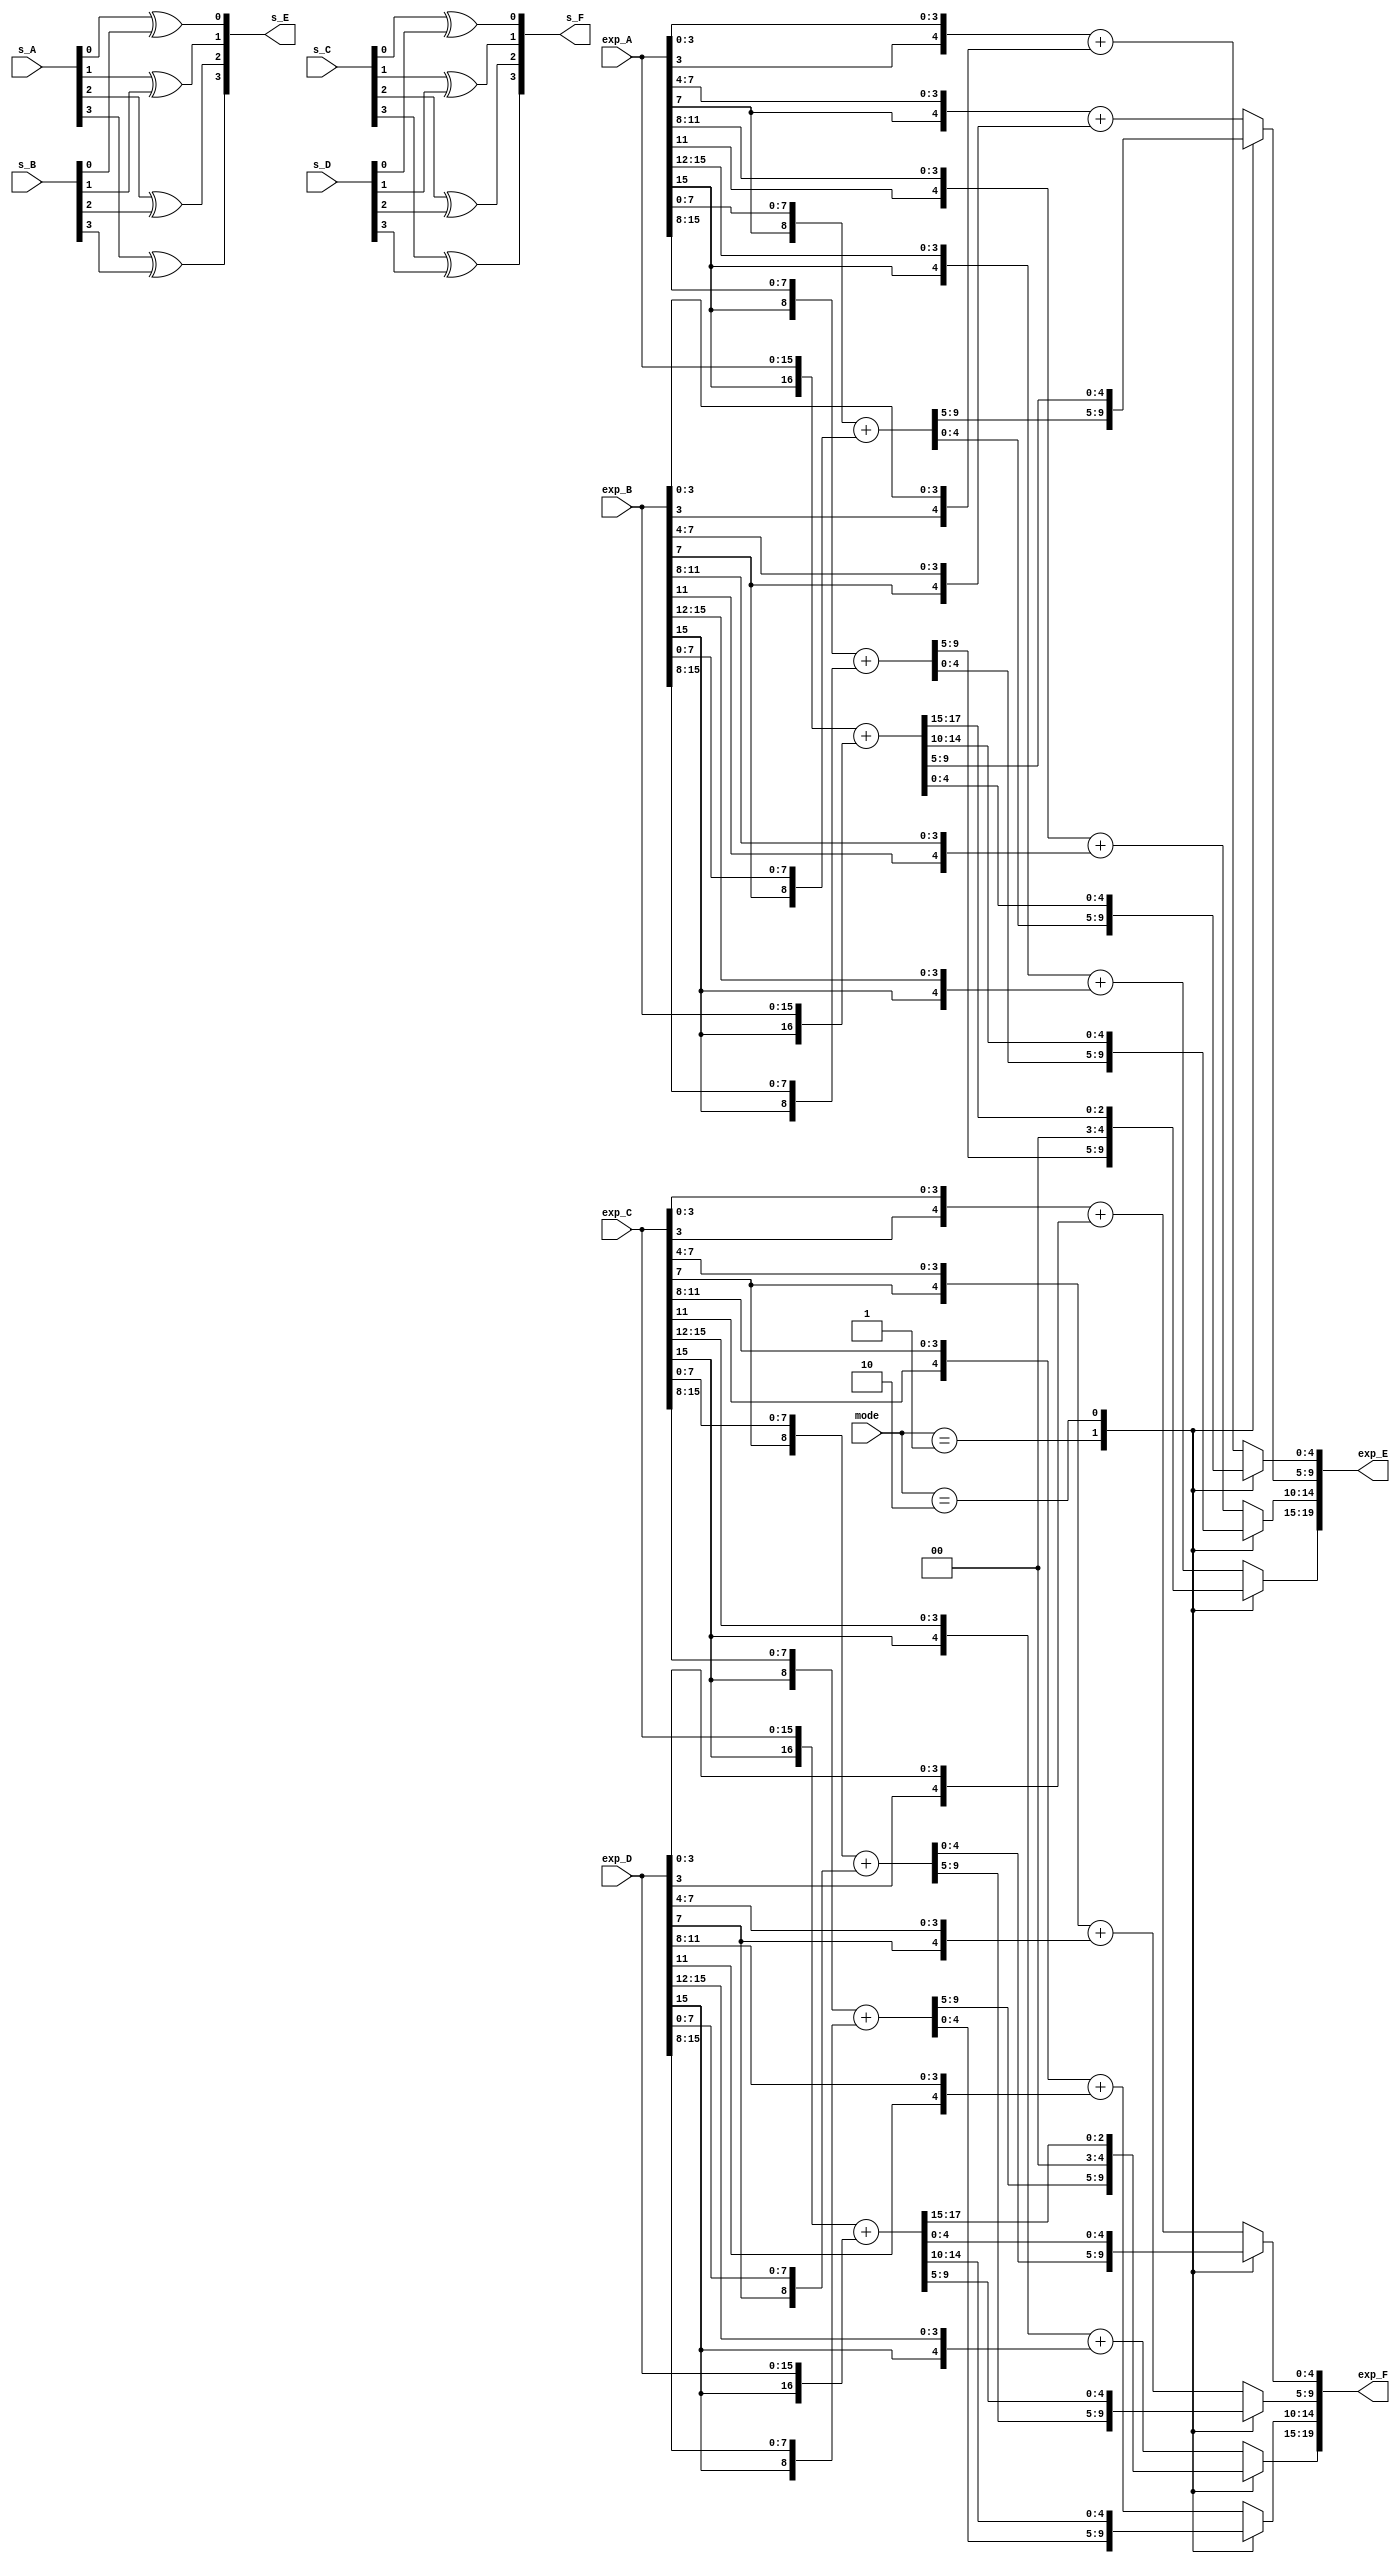
module exp_adder(
    input   wire    [3:0]   s_A,s_B,s_C,s_D,
    input   wire    [15:0]  exp_A,
    input   wire    [15:0]  exp_B,
    input   wire    [15:0]  exp_C,
    input   wire    [15:0]  exp_D,
    input   wire    [1:0]   mode,
    output  wire    [19:0]  exp_E,
    output  wire    [19:0]  exp_F,
    output  wire    [3:0]  s_E,
    output  wire    [3:0]  s_F
);

reg [19:0] reg_exp_E1,reg_exp_F1;
assign s_E[0] = s_A[0] ^ s_B[0];
assign s_E[1] = s_A[1] ^ s_B[1];
assign s_E[2] = s_A[2] ^ s_B[2];
assign s_E[3] = s_A[3] ^ s_B[3];
assign s_F[0] = s_C[0] ^ s_D[0];
assign s_F[1] = s_C[1] ^ s_D[1];
assign s_F[2] = s_C[2] ^ s_D[2];
assign s_F[3] = s_C[3] ^ s_D[3];
always@(*) begin
    case(mode)
        2'b00:begin
            reg_exp_E1[4:0] =   {exp_A[3], exp_A[3:0]  } + {exp_B[3], exp_B[3:0]  };
            reg_exp_E1[9:5] =   {exp_A[7], exp_A[7:4]  } + {exp_B[7], exp_B[7:4]  };
            reg_exp_E1[14:10] = {exp_A[11],exp_A[11:8] } + {exp_B[11],exp_B[11:8] };
            reg_exp_E1[19:15] = {exp_A[15],exp_A[15:12]} + {exp_B[15],exp_B[15:12]};
            reg_exp_F1[4:0] =   {exp_C[3], exp_C[3:0]  } + {exp_D[3], exp_D[3:0]  };
            reg_exp_F1[9:5] =   {exp_C[7], exp_C[7:4]  } + {exp_D[7], exp_D[7:4]  };
            reg_exp_F1[14:10] = {exp_C[11],exp_C[11:8] } + {exp_D[11],exp_D[11:8] };
            reg_exp_F1[19:15] = {exp_C[15],exp_C[15:12]} + {exp_D[15],exp_D[15:12]};
        end
        2'b01:begin
            reg_exp_E1[9:0] =   {exp_A[7] ,exp_A[7:0] } + {exp_B[7] ,exp_B[7:0] };
            reg_exp_E1[19:10] = {exp_A[15],exp_A[15:8]} + {exp_B[15],exp_B[15:8]};
            reg_exp_F1[9:0] =   {exp_C[7] ,exp_C[7:0] } + {exp_D[7] ,exp_D[7:0] };
            reg_exp_F1[19:10] = {exp_C[15],exp_C[15:8]} + {exp_D[15],exp_D[15:8]};
        end
        2'b10:begin
            reg_exp_E1[19:0] = {exp_A[15],exp_A[15:0]} + {exp_B[15],exp_B[15:0]};
            reg_exp_F1[19:0] = {exp_C[15],exp_C[15:0]} + {exp_D[15],exp_D[15:0]};
        end
        default:begin
            reg_exp_E1[4:0] =   {exp_A[3], exp_A[3:0]  } + {exp_B[3], exp_B[3:0]  };
            reg_exp_E1[9:5] =   {exp_A[7], exp_A[7:4]  } + {exp_B[7], exp_B[7:4]  };
            reg_exp_E1[14:10] = {exp_A[11],exp_A[11:8] } + {exp_B[11],exp_B[11:8] };
            reg_exp_E1[19:15] = {exp_A[15],exp_A[15:12]} + {exp_B[15],exp_B[15:12]};
            reg_exp_F1[4:0] =   {exp_C[3], exp_C[3:0]  } + {exp_D[3], exp_D[3:0]  };
            reg_exp_F1[9:5] =   {exp_C[7], exp_C[7:4]  } + {exp_D[7], exp_D[7:4]  };
            reg_exp_F1[14:10] = {exp_C[11],exp_C[11:8] } + {exp_D[11],exp_D[11:8] };
            reg_exp_F1[19:15] = {exp_C[15],exp_C[15:12]} + {exp_D[15],exp_D[15:12]};
        end
    endcase
end

assign exp_E = reg_exp_E1;
assign exp_F = reg_exp_F1;


endmodule